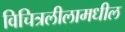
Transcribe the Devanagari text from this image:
विचित्रलीलामधील